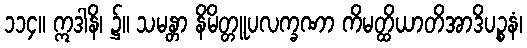
၁၁၄။ ဣဒါနိ၊ ၌။ သမန္တာ နိမိတ္တူပလက္ခဏာ ကိမတ္ထိယာတိအာဒိပဉ္စနံ၊